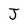
Character: J